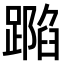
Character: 𨄽